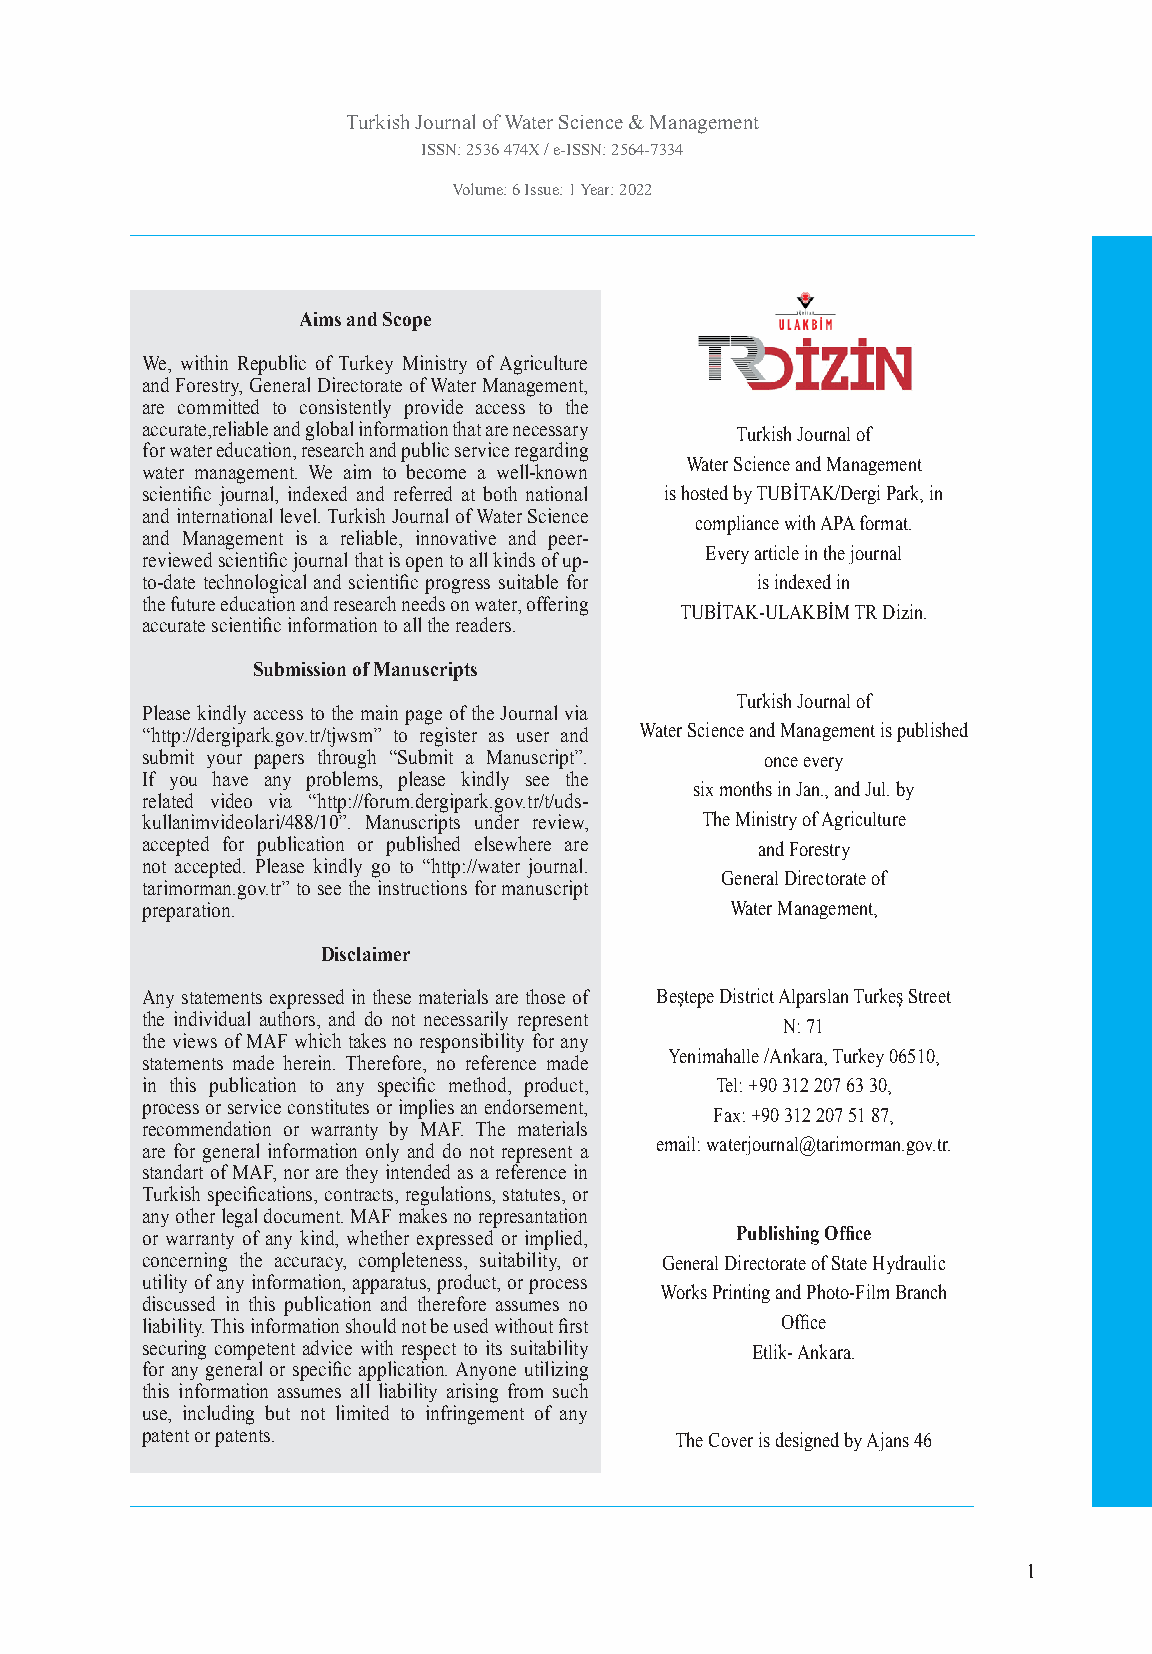
Turkish Journal of Water Science & Management
 ISSN: 2536 474X / e-ISSN: 2564-7334
 Volume: 6 Issue: 1 Year: 2022
 Aims and Scope
 We, within Republic of Turkey Ministry of Agriculture
 and Forestry, General Directorate of Water Management,
 are committed to consistently provide access to the
 accurate,reliable and global information that are necessary Turkish Journal of
 for water education, research and public service regarding
 Water Science and Management
 water management. We aim to become a well-known
 scientific journal, indexed and referred at both national is hosted by TUBİTAK/Dergi Park, in
 and international level. Turkish Journal of Water Science
 compliance with APA format.
 and Management is a reliable, innovative and peer-
 Every article in the journal
 reviewed scientific journal that is open to all kinds of up-
 to-date technological and scientific progress suitable for is indexed in
 the future education and research needs on water, offering
 TUBİTAK-ULAKBİM TR Dizin.
 accurate scientific information to all the readers.
 Submission of Manuscripts
 Turkish Journal of
 Please kindly access to the main page of the Journal via
 “http://dergipark.gov.tr/tjwsm” to register as user and Water Science and Management is published
 submit your papers through “Submit a Manuscript”. once every
 If you have any problems, please kindly see the
 six months in Jan., and Jul. by
 related video via “http://forum.dergipark.gov.tr/t/uds-
 kullanimvideolari/488/10”. Manuscripts under review, The Ministry of Agriculture
 accepted for publication or published elsewhere are and Forestry
 not accepted. Please kindly go to “http://water journal.
 General Directorate of
 tarimorman.gov.tr” to see the instructions for manuscript
 preparation.                           Water Management,
 Disclaimer
 Any statements expressed in these materials are those of Beştepe District Alparslan Turkeş Street
 the individual authors, and do not necessarily represent
 N: 71
 the views of MAF which takes no responsibility for any
 Yenimahalle /Ankara, Turkey 06510,
 statements made herein. Therefore, no reference made
 in this publication to any specific method, product, Tel: +90 312 207 63 30,
 process or service constitutes or implies an endorsement,
 Fax: +90 312 207 51 87,
 recommendation or warranty by MAF. The materials
 are for general information only and do not represent a email: waterjournal@tarimorman.gov.tr.
 standart of MAF, nor are they intended as a reference in
 Turkish specifications, contracts, regulations, statutes, or
 any other legal document. MAF makes no represantation
 or warranty of any kind, whether expressed or implied, Publishing Office
 concerning the accuracy, completeness, suitability, or General Directorate of State Hydraulic
 utility of any information, apparatus, product, or process
 Works Printing and Photo-Film Branch
 discussed in this publication and therefore assumes no
 liability. This information should not be used without first Office
 securing competent advice with respect to its suitability Etlik- Ankara.
 for any general or specific application. Anyone utilizing
 this information assumes all liability arising from such
 use, including but not limited to infringement of any
 patent or patents.                  The Cover is designed by Ajans 46
 1